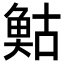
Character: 𩾀